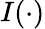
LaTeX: I(\cdot)